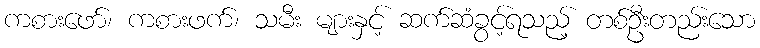
ကစားဖော်၊ ကစားဖက်၊ သမီး များနှင့် ဆက်ဆံခွင့်ရသည့် တစ်ဦးတည်းသော